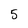
Character: 5